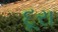
દૂરા